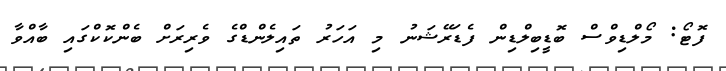
ފޮޓޯ: މޯލްޑިވްސް ބޮޑީބިލްޑިން ފެޑަރޭޝަނު މި އަހަރު ތައިލެންޑްގެ ވެރިރަށް ބެންކޮކްގައި ބާއްވާ